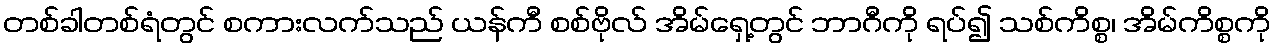
တစ်ခါတစ်ရံတွင် စကားလက်သည် ယန်ကီ စစ်ဗိုလ် အိမ်ရှေ့တွင် ဘာဂီကို ရပ်၍ သစ်ကိစ္စ၊ အိမ်ကိစ္စကို